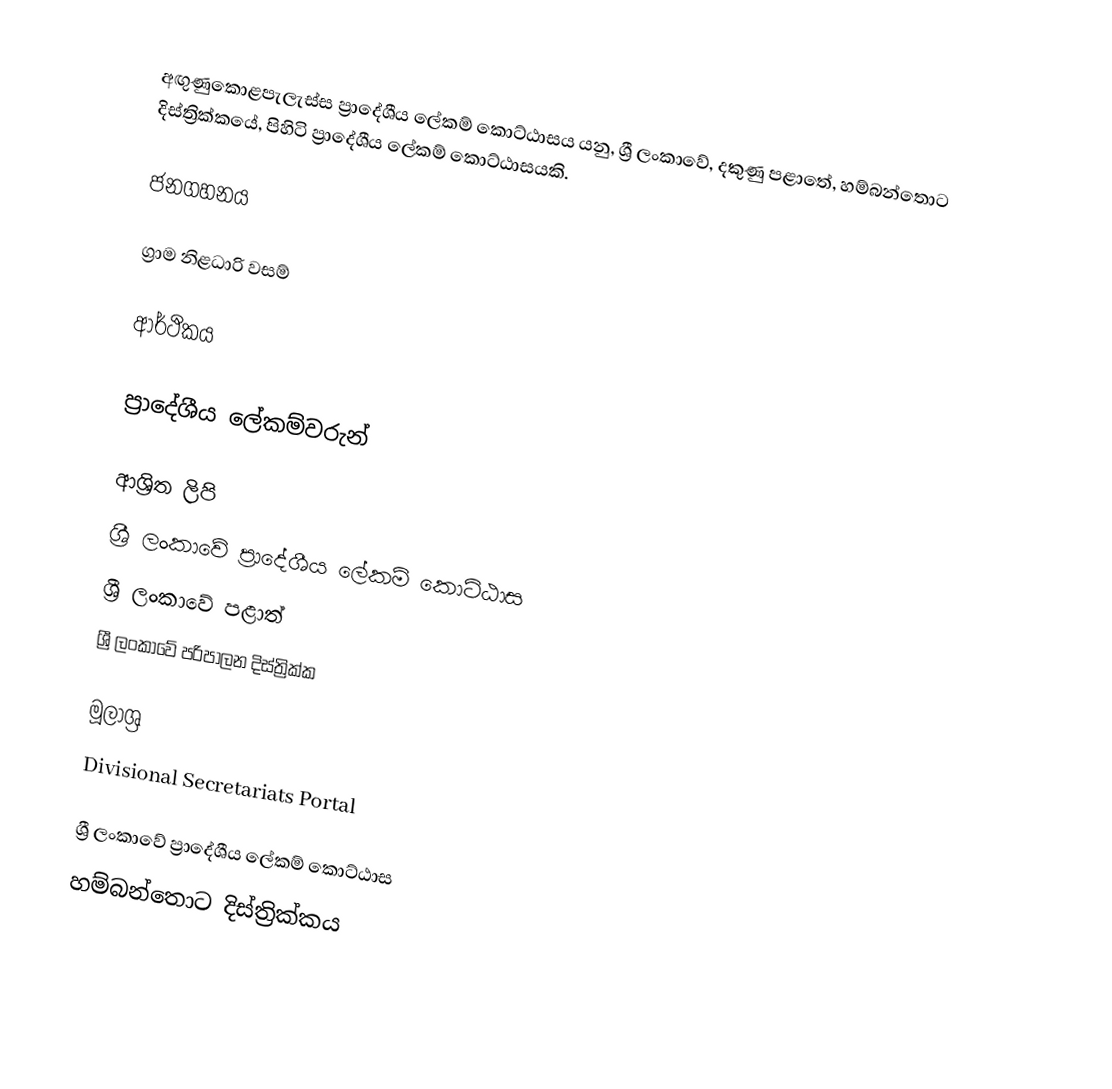
අඟුණුකොළපැලැස්ස ප්‍රාදේශීය ලේකම් කොට්ඨාසය යනු,  ශ්‍රී ලංකාවේ, දකුණු පළාතේ,   හම්බන්තොට දිස්ත්‍රික්කයේ, පිහිටි ප්‍රාදේශීය ලේකම් කොට්ඨාසයකි.

ජනගහනය

ග්‍රාම නිළධාරි වසම්

ආර්ථිකය

ප්‍රාදේශීය ලේකම්වරුන්

ආශ්‍රිත ලිපි
ශ්‍රී ලංකාවේ ප්‍රාදේශීය ලේකම් කොට්ඨාස
ශ්‍රී ලංකාවේ පළාත්
ශ්‍රී ලංකාවේ පරිපාලන දිස්ත්‍රික්ක

මූලාශ්‍ර
 Divisional Secretariats Portal

ශ්‍රී ලංකාවේ ප්‍රාදේශීය ලේකම් කොට්ඨාස
හම්බන්තොට දිස්ත්‍රික්කය